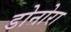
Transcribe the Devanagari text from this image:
डोनोरा